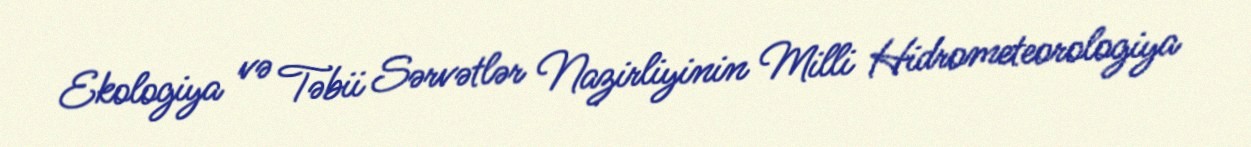
Ekologiya və Təbii Sərvətlər Nazirliyinin Milli Hidrometeorologiya